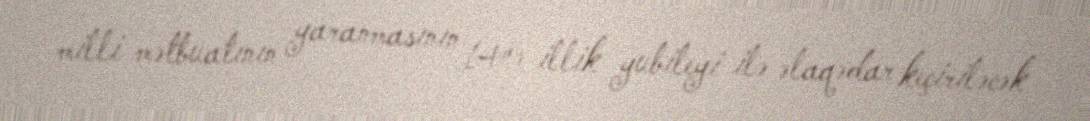
milli mətbuatının yaranmasının 140 illik yubileyi ilə əlaqədar keçiriləcək